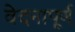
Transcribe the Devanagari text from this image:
वेदनापूर्ण